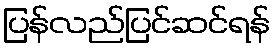
ပြန်လည်ပြင်ဆင်ရန်